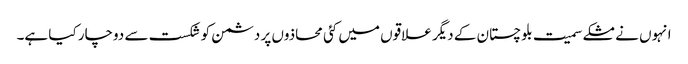
انہوں نے مشکے سمیت بلوچستان کے دیگر علاقوں میں کئی محاذوں پر دشمن کو شکست سے دوچار کیا ہے۔